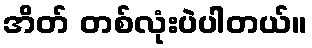
အိတ် တစ်လုံးပဲပါတယ်။